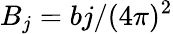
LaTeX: B_{j}=bj/(4\pi)^{2}